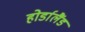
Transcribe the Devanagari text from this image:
होर्डालैंड